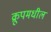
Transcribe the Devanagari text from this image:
क्रूपमधील